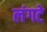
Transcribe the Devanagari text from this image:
लंगटे